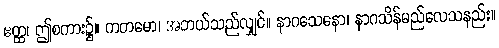
ဧတ္ထ၊ ဤစကား၌။ ကတမော၊ အဘယ်သည်လျှင်။ နာဂသေနော၊ နာဂသိန်မည်လေသနည်း။